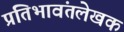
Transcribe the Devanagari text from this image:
प्रतिभावंतलेखक